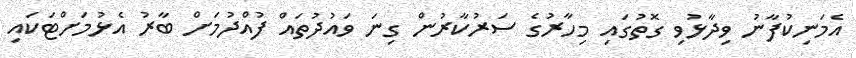
އެމަނިކުފާނު ވިދާޅުވި ގޮތުގައި މިހާރުގެ ސަރުކާރުން ގިނަ ވައުދުތައް ފުއްދުމަށް ބާރު އެޅުމަށްޓަކައި